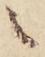
之